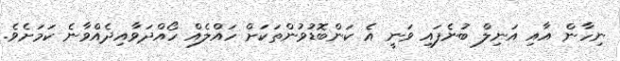
ނިހާން އާއި އަނިލް ބުނެފައި ވަނީ އެ ކަންބޮޑުވުންތަކަށް ހައްލެއް ހޯއްދަވާއިދެއްވާނެ ކަމަށެވެ.